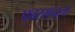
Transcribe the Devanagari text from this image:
फारमनला